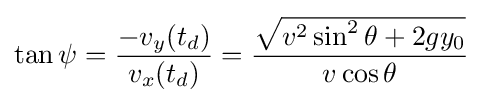
\tan \psi ={\frac {-v_{y}(t_{d})}{v_{x}(t_{d})}}={\frac {\sqrt {v^{2}\sin ^{2}\theta +2gy_{0}}}{v\cos \theta }}